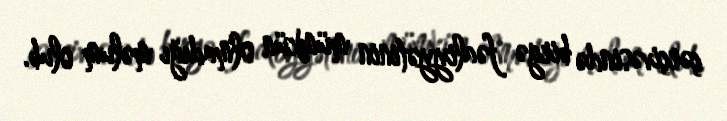
çərçivəsində birgə fəaliyyətinin mümkün olmadığı məlum olub.